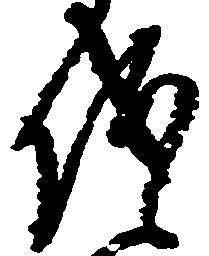
儀